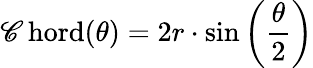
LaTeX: \operatorname{\mathscr{C}hord}(\theta)=2r\cdot\sin\left({\frac{{\theta}}{{2}}}\right)